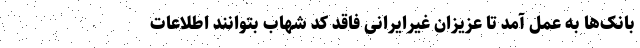
بانک‌ها به عمل آمد تا عزیزان غیرایرانی فاقد کد شهاب بتوانند اطلاعات